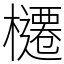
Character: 櫏